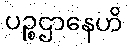
ပဉ္စဌာနေဟိ